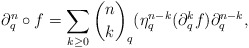
\begin{align*}\partial_{q}^{n}\circ f=\sum_{{k \ge 0}}{n\choose k}_{q}(\eta_{q}^{n-k}(\partial_{q}^{k}f)\partial_{q}^{n-k},\end{align*}